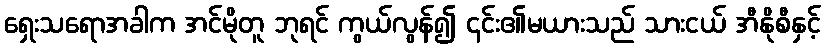
ရှေးသရောအခါက အင်မိုတူ ဘုရင် ကွယ်လွန်၍ ၎င်း၏မယားသည် သားငယ် အီနိုစီနှင့်